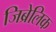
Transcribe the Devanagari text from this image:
जिब्रेलिक